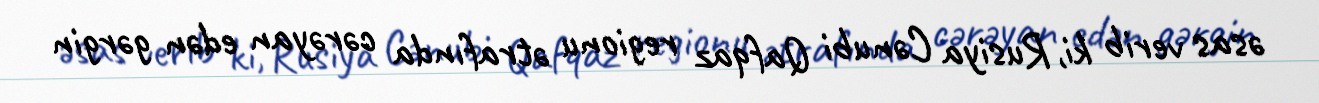
əsas verib ki, Rusiya Cənubi Qafqaz regionu ətrafında cərəyan edən gərgin